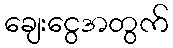
ချေးငွေအတွက်